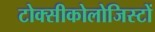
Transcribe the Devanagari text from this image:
टोक्सीकोलोजिस्टों